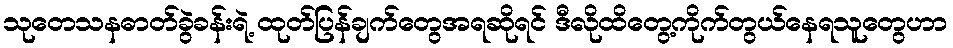
သုတေသနဓာတ်ခွဲခန်းရဲ့ ထုတ်ပြန်ချက်တွေအရဆိုရင် ဒီလိုထိတွေ့ကိုက်တွယ်နေရသူတွေဟာ